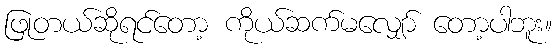
ဖြုတယ်ဆိုရင်တော့ ကိုယ်ဆက်မလျှော် တော့ပါဘူး။